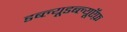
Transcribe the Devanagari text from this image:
डब्ल्यूडब्ल्यूऍफ़